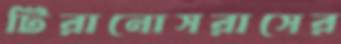
টিরানোসরাসের